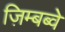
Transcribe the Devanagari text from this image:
ज़िम्बब्वे